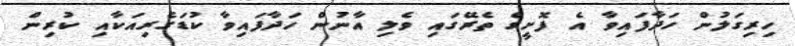
ހިރިގަލުން ހަދާފައިވާ އެ ފޮށީގެ ތެރޭގައި ވެލި އާނުން ހަދާފައިވާ ކުޑަގެރިއަކާއި ކުރިން